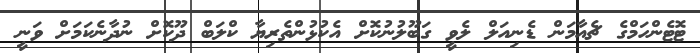
ޓޮޓެންހަމްގެ ޗެއާމަން ޑެނިއަލް ލެވީ ގަބޫލުނުކޮށް އެކުޅުންތެރިޔާ ކްލަބް ދޫކޮށް ނުދާނެކަމަށް ވަނީ